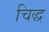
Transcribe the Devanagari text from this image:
चिद्ध